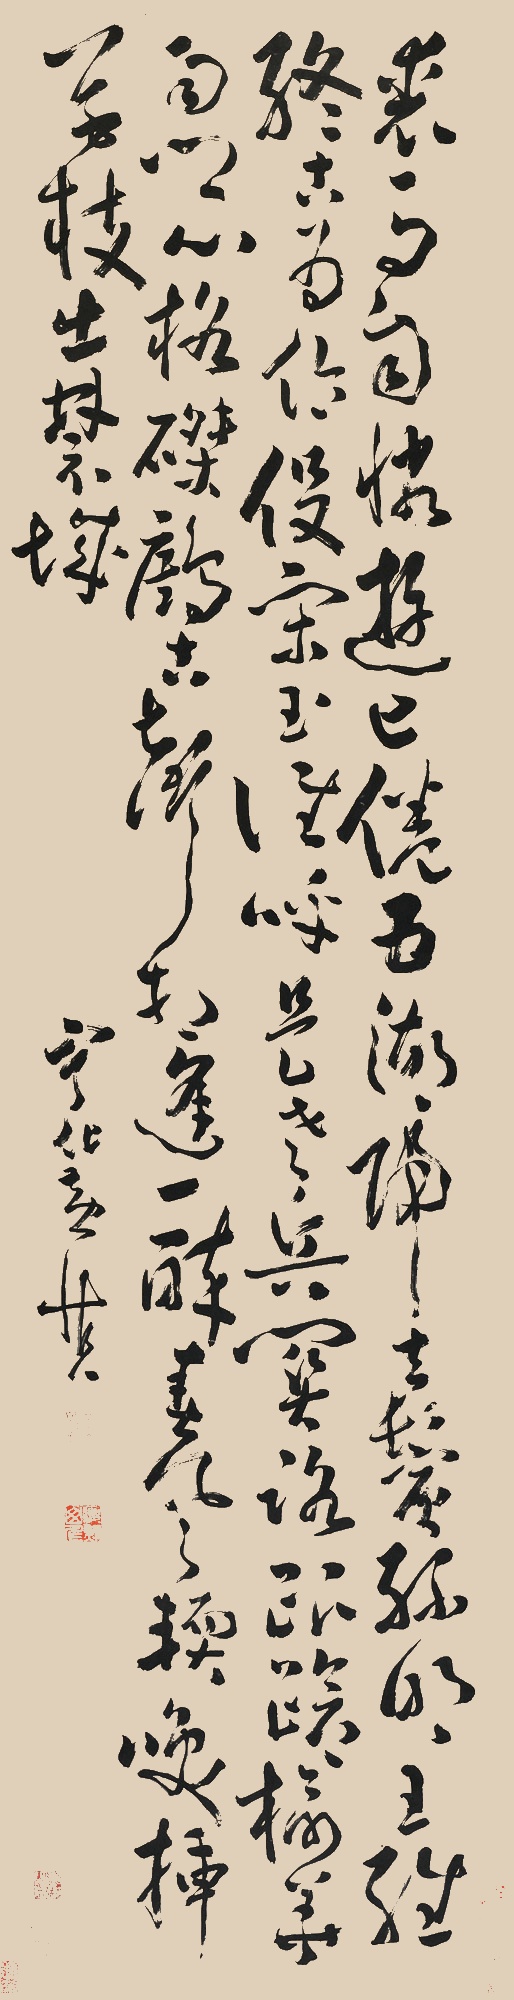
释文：裘马自怜游已倦，五湖归去鬓丝明。王维终古为伶伇，宋玉谁呼是老兵。关路踉跄榆荚雨，乡心格磔鹧古声。相逢一醉春风软，笑插芳枝出禁城。宁化黄慎。